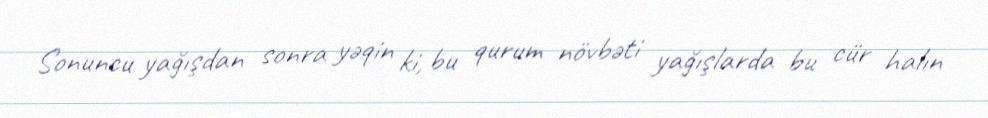
Sonuncu yağışdan sonra yəqin ki, bu qurum növbəti yağışlarda bu cür halın